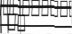
١١